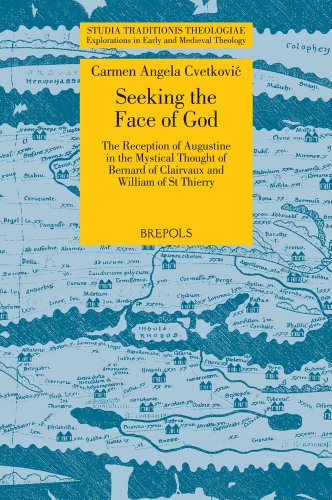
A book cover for Seeking the Face of God: The Reception of Augustine in the Mystical Thought of Bernard of Clairvaux and William of St. Thierry (Studia Traditionis ... Explorations in Early and Medieval Theology); Carmen Angela Cvetkovic; Politics & Social Sciences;